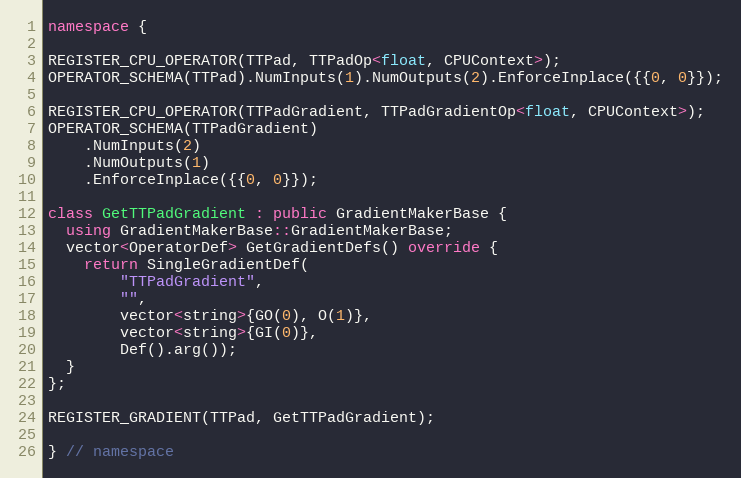
Language: C++
namespace {

REGISTER_CPU_OPERATOR(TTPad, TTPadOp<float, CPUContext>);
OPERATOR_SCHEMA(TTPad).NumInputs(1).NumOutputs(2).EnforceInplace({{0, 0}});

REGISTER_CPU_OPERATOR(TTPadGradient, TTPadGradientOp<float, CPUContext>);
OPERATOR_SCHEMA(TTPadGradient)
    .NumInputs(2)
    .NumOutputs(1)
    .EnforceInplace({{0, 0}});

class GetTTPadGradient : public GradientMakerBase {
  using GradientMakerBase::GradientMakerBase;
  vector<OperatorDef> GetGradientDefs() override {
    return SingleGradientDef(
        "TTPadGradient",
        "",
        vector<string>{GO(0), O(1)},
        vector<string>{GI(0)},
        Def().arg());
  }
};

REGISTER_GRADIENT(TTPad, GetTTPadGradient);

} // namespace